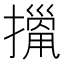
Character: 𢴫